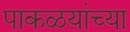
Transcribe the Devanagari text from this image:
पाकळय़ांच्या